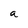
Character: a